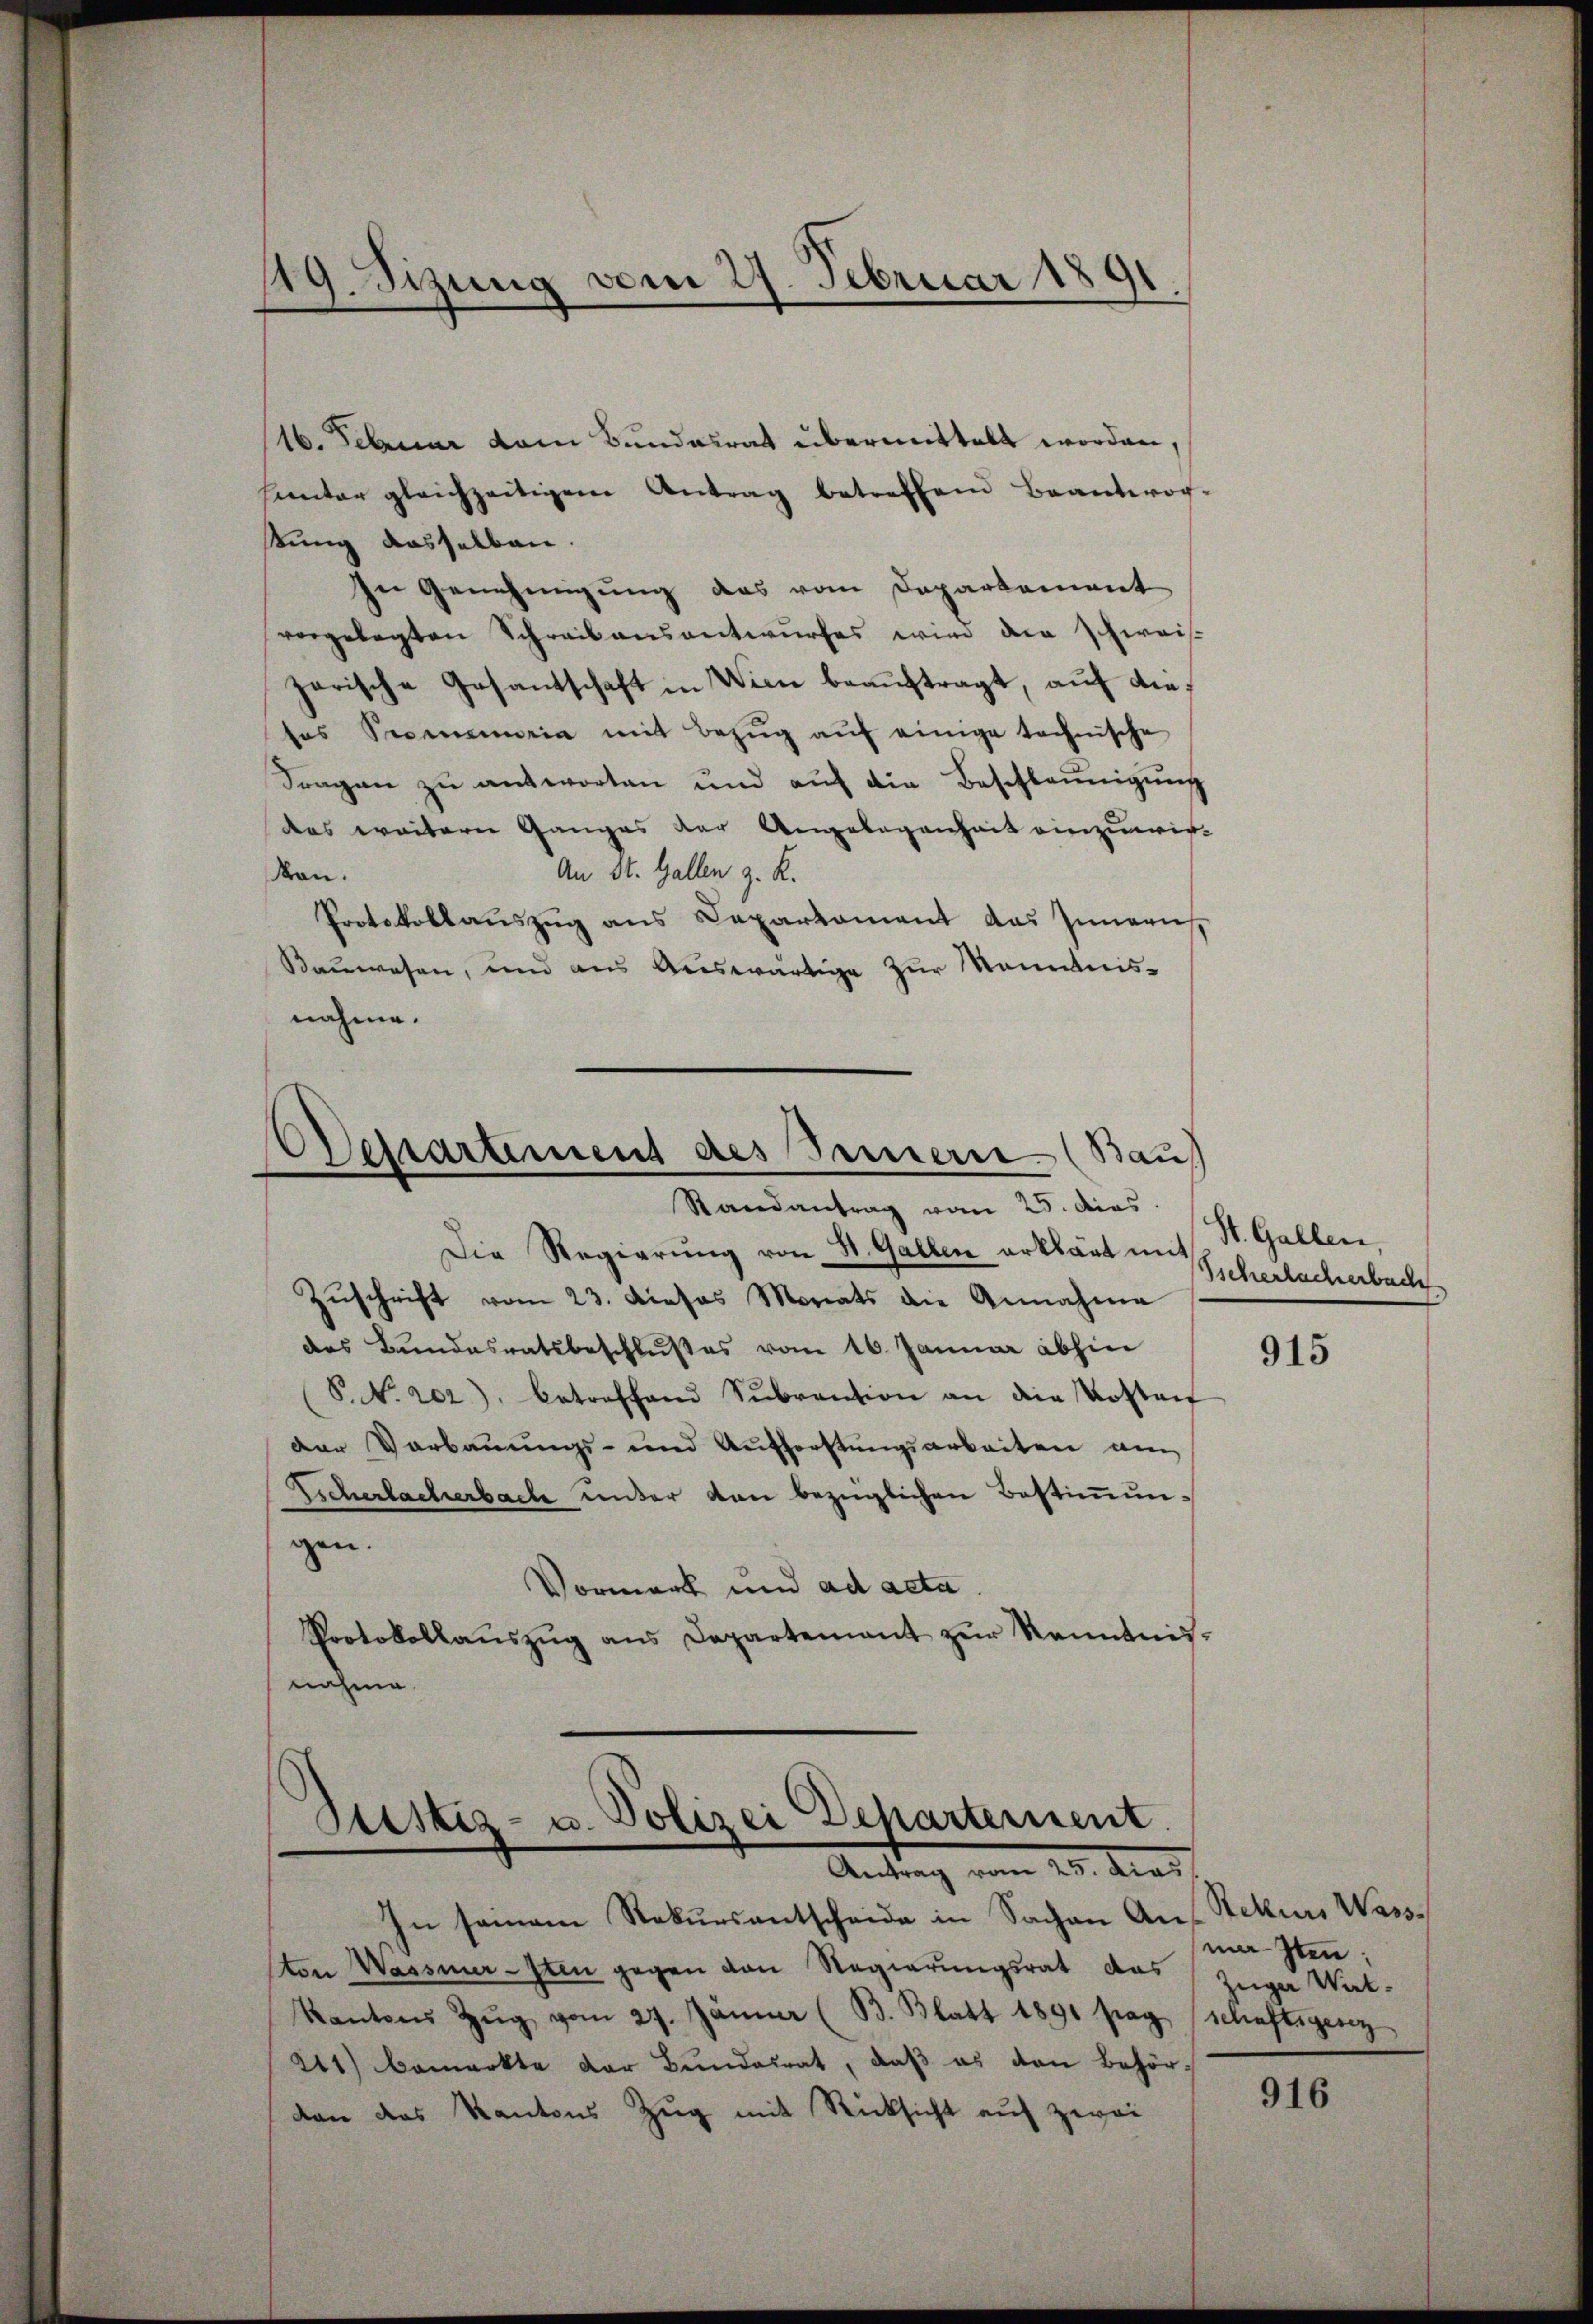
19. Sizung vom 27. Februar 1891

16. Februar vom Bundesrat übermittelt worden,
hantar gleichzeitigem Antrag betreffend Beantwor-
tung dasselben.
In Genehmigung das vom Departement
vorgelegten Schreibensantwurfes wird die Schweis
zerische Gesantschaft in Wien beaŭftragt, auf dieses Sememoria mit Bezŭg aŭf einige technische
Fragen zŭ antworten und aŭf die Beschleunigung
das weitern Ganzes der Angelegenheit einzuwir-
An St. Gallen z. K.
Mon.
Protokollauszug aus Departament das Innern
Bauwesen, und aus Auswärtige zur Kenntnisnahme.
Dessartement des Innern (Bau
Randantrag vom 25. dies
Die Regierŭng von St. Gallen erklärt mit
Zŭschrift vom 23. Dieses Morats die Annahme
des Bundesratsbeschlußes vom 16. Januar abhin
(S.N. 202), betreffend Sŭbraŭtion an die Kosten
der Verbauungs- und Aufforstungsarbeiten am
Escherlacherbach unter kan bezüglichen Bestimmungen.
Vormerk und ad acta.
Protokollaŭszŭg ans Departement zŭr Kenntnis-
nahme.

Stistiz- u. Polizei Departement.
Antrag vom 25. das

In seinem Rekursentscheide in Sachen An Rekurs Wasston Wassenersten gegen von Regierungsrat das Zuger Werk-
Kantons Zŭg vom 27. Jänner (B. Blatt 1891 pag. (schaftsgesez
241) bemerkte der Bundesrat, daß es den Behörvon das Kantons Zug mit Rücksicht auf zwei

St. Gallen,
Tschenbachenbach

915

masten:

916